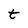
Character: t